Voru_kinnistusamet, lk 7
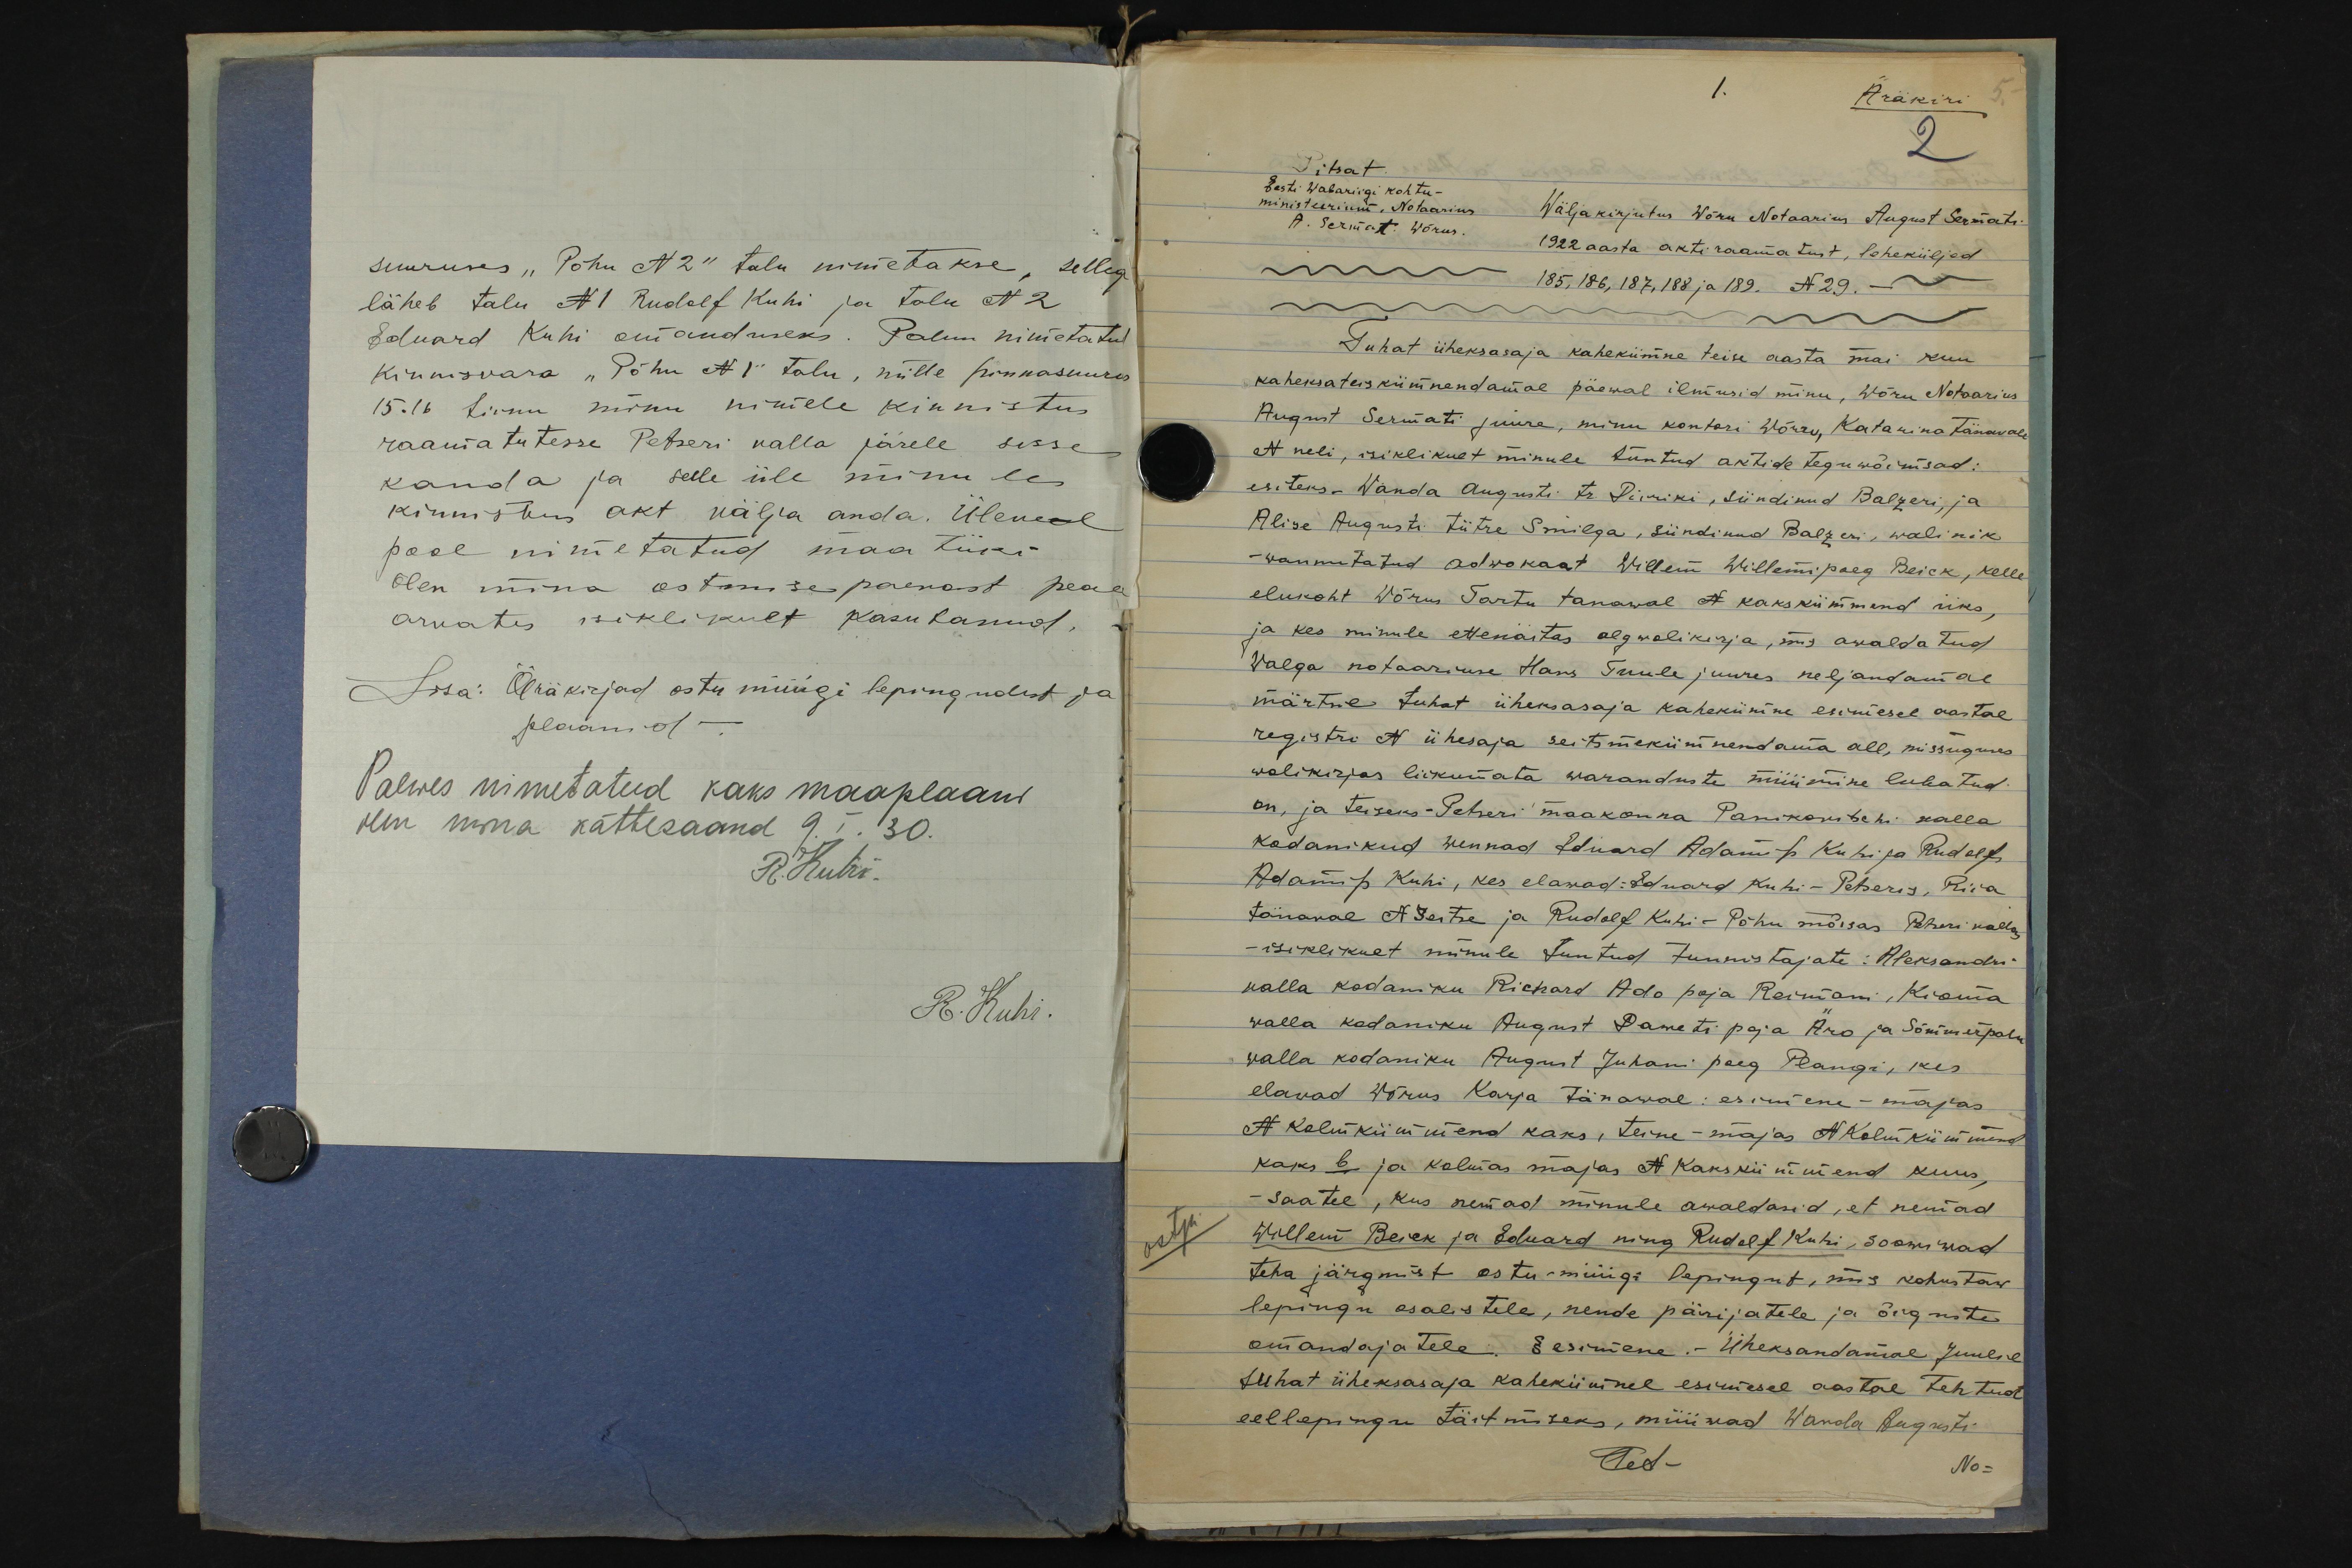
suuruses "Põhu N 2" talu nimetakse, sellega
läheb talu N1 Rudolf Kuhi ja talu N2
Eduard Kuhi omanduseks. Palun nimetatud
Kinnisvara "Põhu N1" talu, mille hinnasuurus
15.16 tiinu minu nimele kinnistus
raamatutesse Petseri valla järele sisse
kanda ja selle üle minule
kinnistus akt välja anda. Ülepeal
pool nimetatud maa tüki
olen mina ostmise paevast peale
arvates isiklikult kasutanud.
Lisa: Äräkirjad ostu müügi lepingudest ja
plaanid .-
Palwes nimetatud kaks maaplaani
olin mina kättesaand 9.I.30.
R. Kuhi.
R. Kuhi.

1.
Ärakiri
2
Pitsat
Eesti Wabariigi kohtu-
ministeerium. Notaarius
A. Sermat. Wõrus.
Wälja kirjutus Wõru Notaarius August Sermati
1922 aasta akti raamatust, leheküljed
185, 186, 187, 188 ja 189. N29.
Tuhat üheksasaja kahekümne teise aasta mai kuu
kaheksateiskümnendamal päewal ilmusid minu, Wõru Notaarius
August Sermati juure, minu kontori Wõru, Katarina Tänavale
N neli, isiklikult minule tuntud aktide teguwõimsad:
esiteks. Wanda Augusti tr. Piiriki, sündinud Balzeri, ja
Alise Augusti tütre Smilga, sündinud Balzeri, wolinik
- wannutatud adwokaat Willem Willemi poeg Beick, kelle
elukoht Wõrus Tartu tanawal N kakskümmend üks,
ja kes minule ettenäitas algwolikirja, mis awaldatud
Walga notaariuse Hans Tuule juures neljandamal
märtsil tuhat üheksasaja kahekümne esimesel aastal
registri N ühesaja seitsmekümnendama all, missuguses
wolikirjas liikumata waranduste müümine lubatud
on, ja teiseks - Petseri maakonna Panikovitschi walla
kodanikud wennad Eduard Adamits Kuhi ja Rudolf
Adamits Kuhi, kes elawad: Eduard Kuhi-Peteris, Riia
tänawal N. seitse ja Rudolf Kuhi-Põhu mõisas Peteri wallas,
- isiklikult minule tuntud tunnistajate: Aleksandri
walla kodaniku Richard Ado poja Reimani, Kioma
walla kodaniku August Dameti poja Äro ja Sõmmerpalu
walla kodaniku August Juhani poeg Plangi, kes
elawad Wõrus Karja tänawal: esimene-majas
N kolmkümmend kaks, teine-majas N kolmkümmend
kaks b ja kolmas majas N kakskümmend kuus,
- saatel, kus nemad minule awaldasid, et nemad
ostja
Willem Beiek ja Eduard ning Rudolf Kuhi, soowiwad
teha järgmist ostu-müügi lepingut, mis kohustaw
lepingu osalistele, nende pärijatele ja õiguste
omandajatele. § esimene - Üheksandamal Juulil
tuhat üheksasaja kahekümnel esimesel aastal tehtud
eellepingu täitmiseks, müüwad Wanda Augusti
Tet-
No: